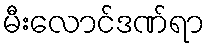
မီးလောင်ဒဏ်ရာ